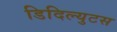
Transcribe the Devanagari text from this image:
डिदिल्युटस